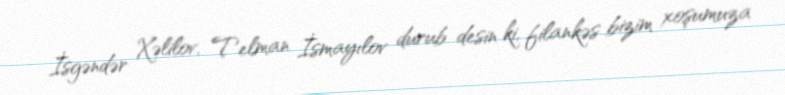
İsgəndər Xəlilov, Telman İsmayılov durub desin ki, filankəs bizim xoşumuza